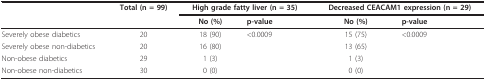
|  | Total (n = 99) | <COLSPAN=2> High grade fatty liver (n = 35) | <COLSPAN=2> Decreased CEACAM1 expression (n = 29) |
 |  |  | No (%) | p-value | No (%) | p-value |
 | --- | --- | --- | --- | --- | --- |
 | Severely obese diabetics | 20 | 18 (90) | <0.0009 | 15 (75) | <0.0009 |
 | Severely obese non-diabetics | 20 | 16 (80) |  | 13 (65) |  |
 | Non-obese diabetics | 29 | 1 (3) |  | 1 (3) |  |
 | Non-obese non-diabetics | 30 | 0 (0) |  | 0 (0) |  |